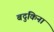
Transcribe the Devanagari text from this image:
बदुकिना